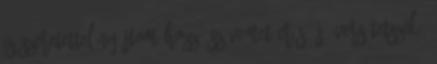
is Szeretettel nyújtom hozzá szívemet Erős, jó vers tetszik.